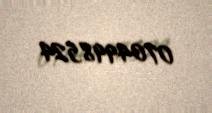
0704998524